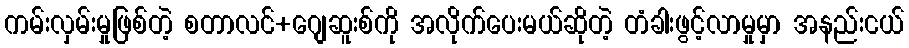
ကမ်းလှမ်းမှုဖြစ်တဲ့ စတာလင်+ဂျေဆူးစ်ကို အလိုက်ပေးမယ်ဆိုတဲ့ တံခါးဖွင့်လာမှုမှာ အနည်းငယ်